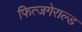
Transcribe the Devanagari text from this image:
फित्जगेराल्ड